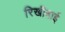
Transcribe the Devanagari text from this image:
रिखीबाई